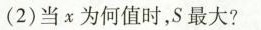
(2)当x为何值时，S最大?